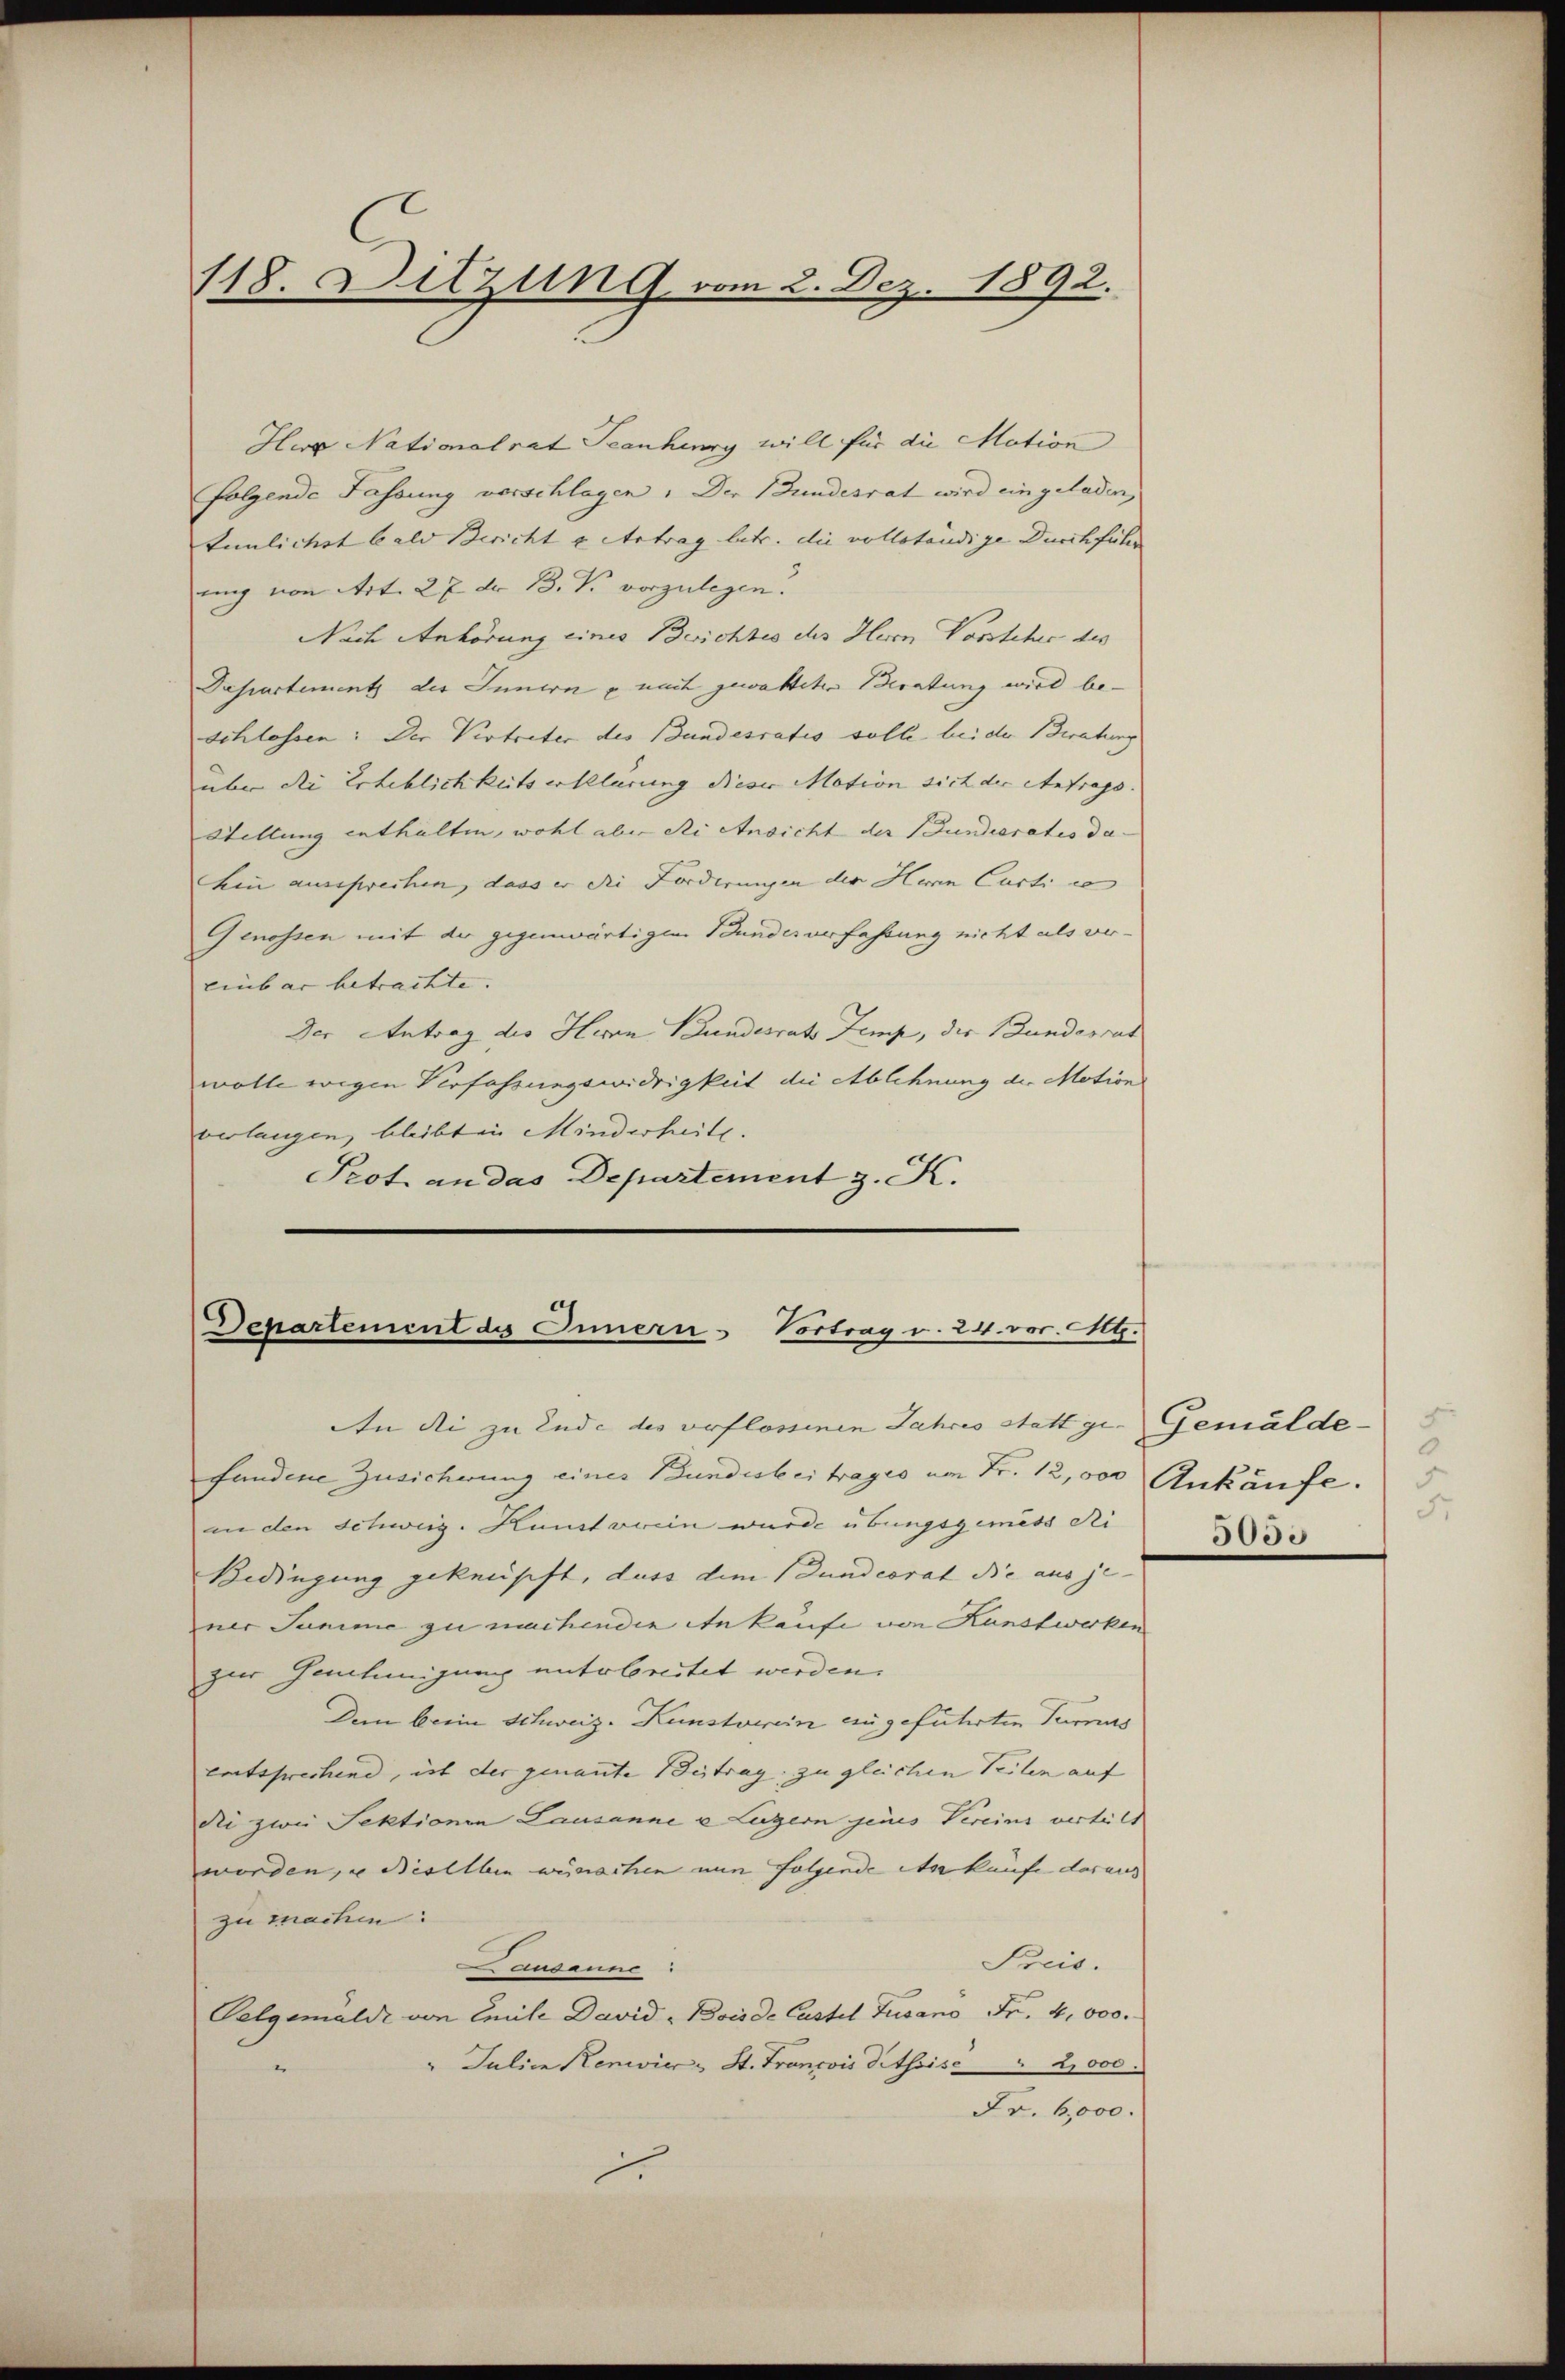
118. Ditzung vom 2. Dez. 1892.

Her Nationalrat Jeanhery will für die Mation
folgende Fassung vorschlagen. Der Bundesrat wird eingeladen,
tunlichst bald Bericht u Antrag betr. die vollständige Durchführe
ung von Art. 27 Fr. 13. V. vorzulegen.
Nach Anhörung eines Beichtes des Herrn Vorsteher des
Dasartements des Innern u nach gewalteter Beratung wird be-
schlossen: Der Vertreter des Bundesratis solle bei der Beratung
über die Erheblichkeits erklärung dieser Motion sich der Antrags. |
Stellung enthalten, wohl aber die Ansicht der Bundioratis da-
hin aussprechen, dass er die Forderungen der Herrn Curti ce
Genossen mit der gegenwärtigen Bundesverfassung nicht als verlinbar betrachte. |
Der Antrag des Herrn Bundesrats Temp, die Bundesrat
wolle wegen Verfassungswidrigkeit die Ablehnung der Motion
verlangen, bleibt in Minderheite.
Prot an das Departement z. K.

Departement des Innern - Vortrag v. 24. vor. G.
An di zu Ende des verflossinen Jahres Statt ge- Gemälde¬

fundene Zusicherung eines Bundesbeitrages am Fr. 12,000 Ankäufe
an den Schweiz. Kunst vorein wurde übungsgemess di
Bedingung geknüpft, dass dem Dundcorat die aus je-
ner Summe zu machenden Ankaufe von Kunstwerken
zur Gantenigung untrbreitet werden.
Dein brein Schweiz. Kunstorein angeführten Turnus
entsprechend, ist der genannte Beitrag zu gleichen Teilen auf
Ni zwei Sektionen Lausanne u Luzern jenes Vereins verteilt
worden, u dieselben wünschen nun folgende Ankünfe daraus
zu machen:
Preis.
Causanne
Gelgemelde von Emile David Bois de Castel Tusano Fr. 4,000.
" Juliie Renwies St. Francois Pitsoise " 2,000.
Fr. 6,000.
J.

F
0
5.
5053